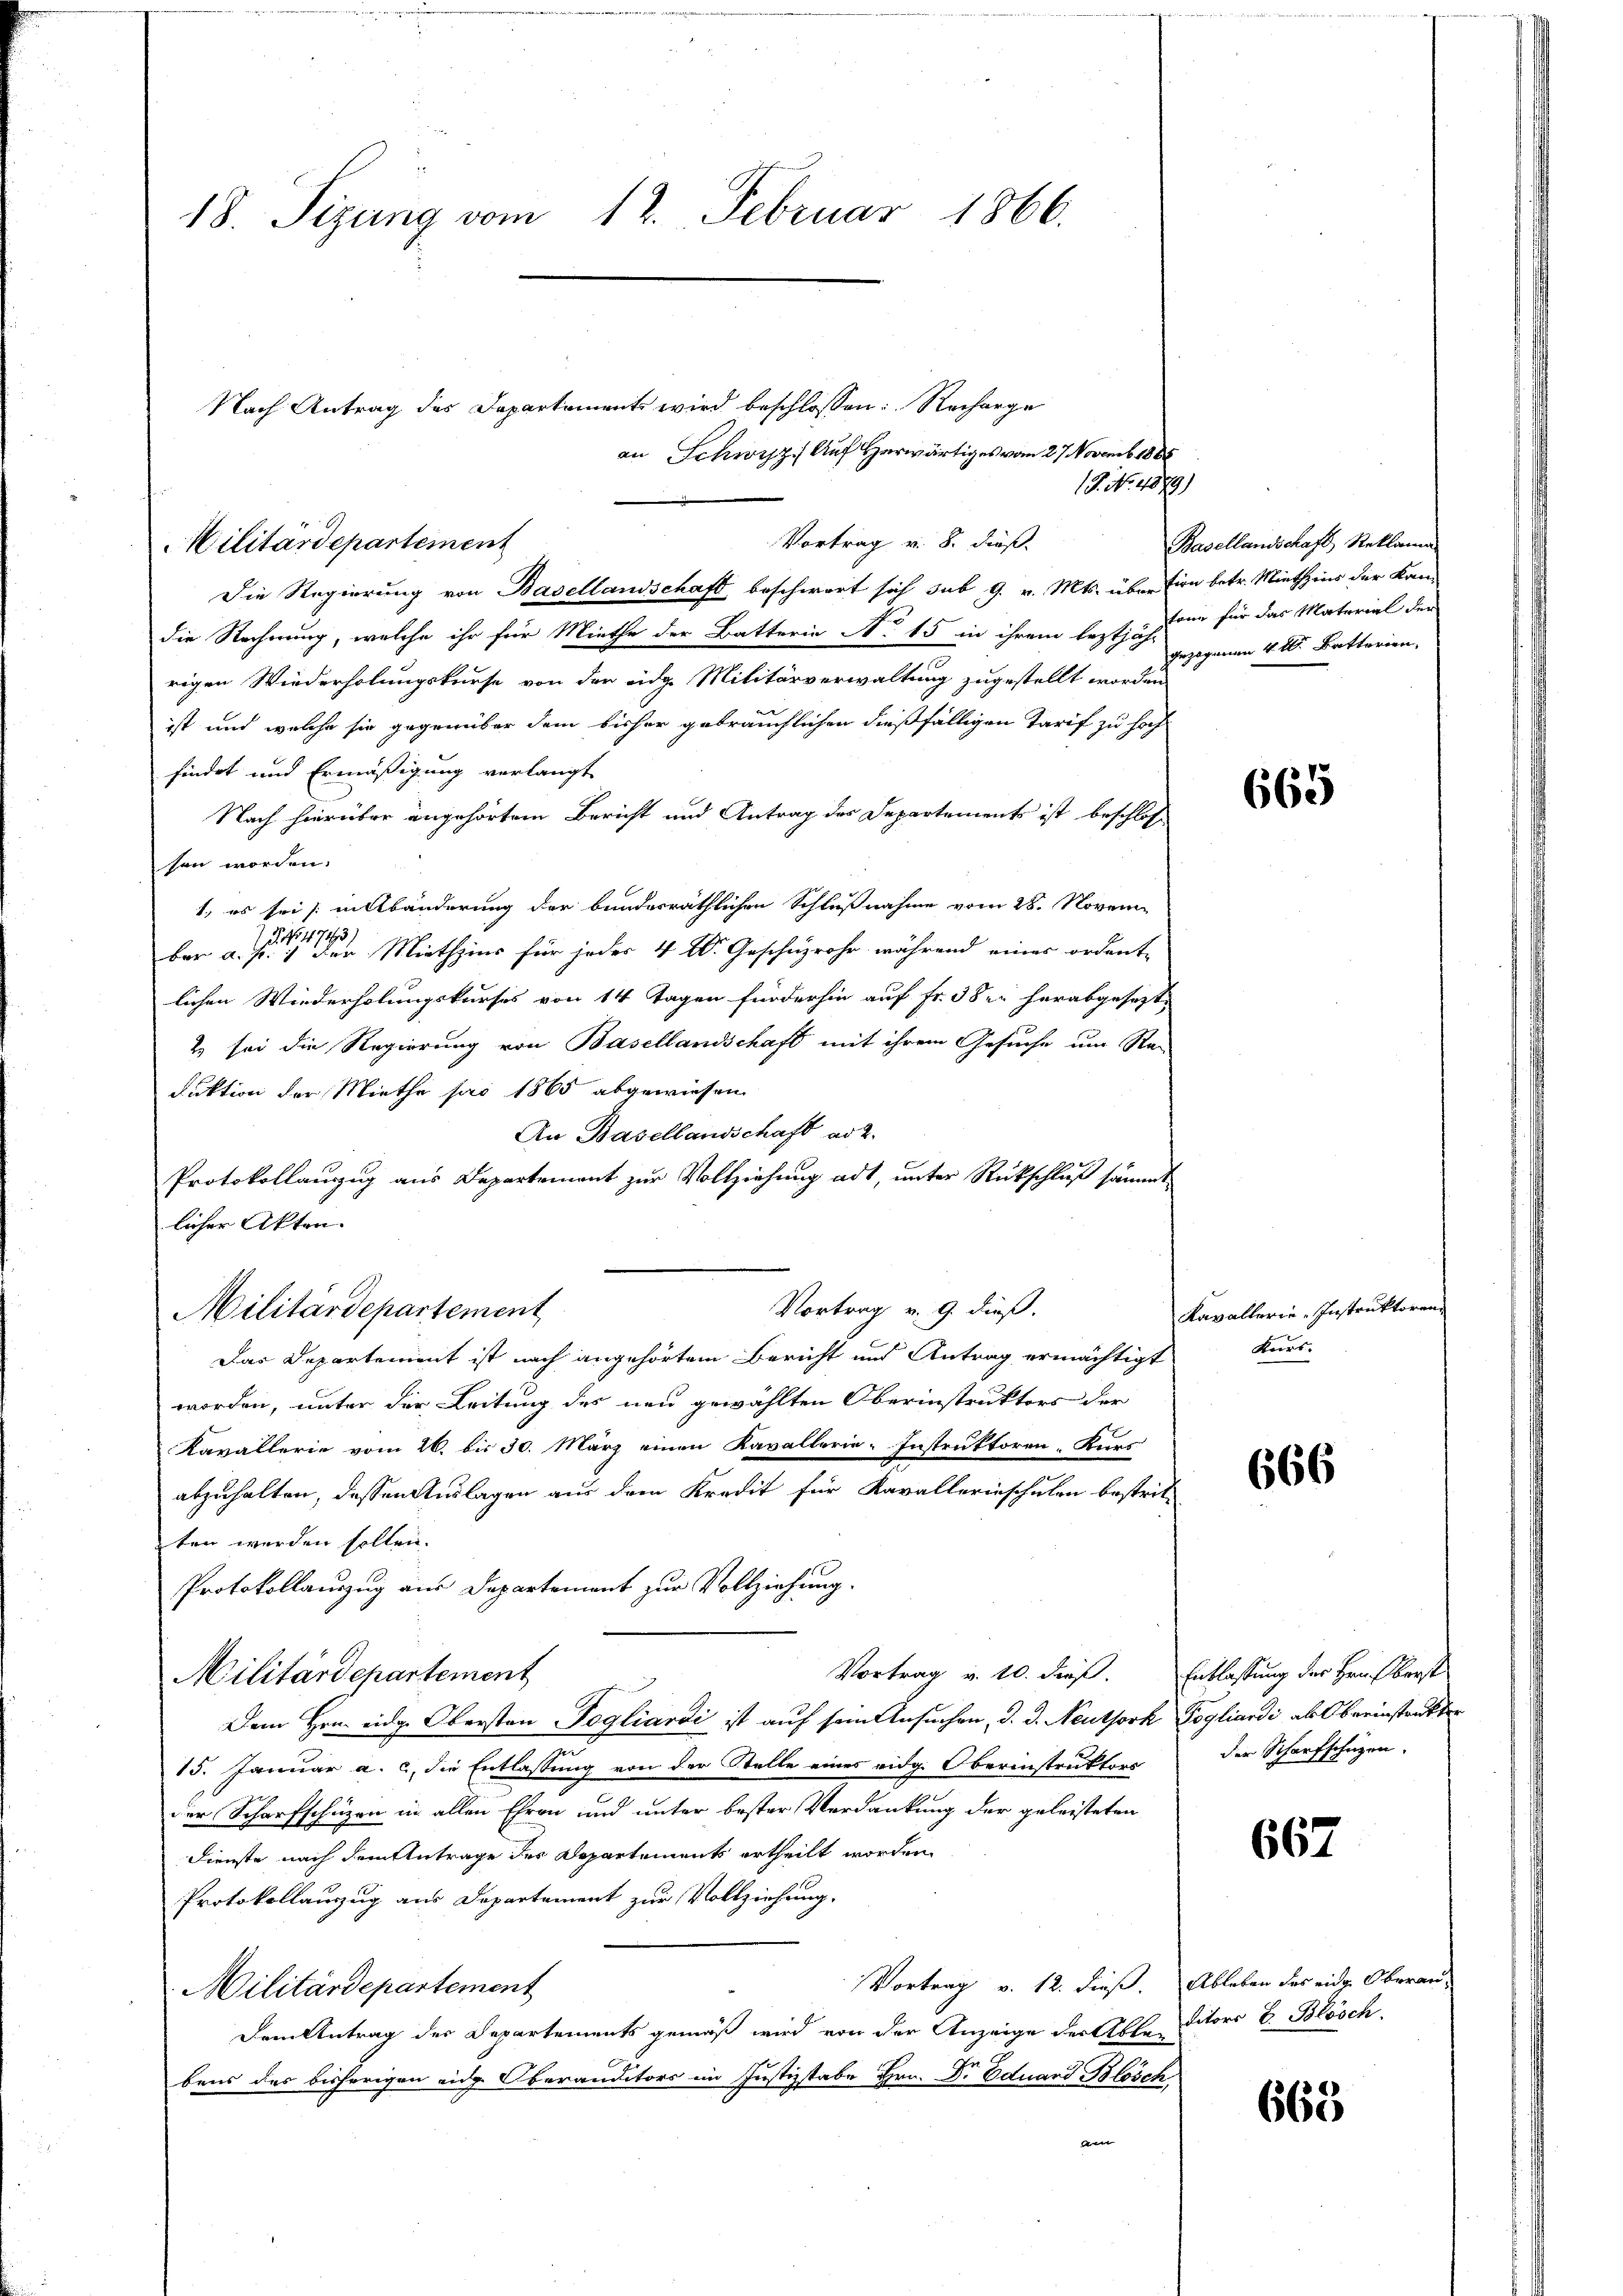
18. Sizung vom 12. Februar 1866.

Nach Antrag des Departements wird beschlossen: Recharge

Die Regierung von Basellandschaft beschwart sich sub 9. v. Mts. über
die Rechnung, welche ihr für Miethe der Batterin No 15 in ihrem lezte stand für das Material der
rigen Wiederholungskurse von der eidg. Militärverwaltung zugestellt worden.
ist und welche sie gegenüber dem bisher gebräuchlichen dießfälligen Tarif zu hoch
findet und Ermäßigung verlangt
Nach hierüber angehörtem Bericht und Antrag des Departements ist beschlos
sen worden.
1. es sei (in Abänderung der bundesräthlichen Schlußnahme vom 28. Novem
No 11743
1
ber a. f.) der Miethzins für jedes 4 l. Geschüzrohr während eines ordente
lichen Wiederholungskurses von 14 Tagen finderhin auf Fr. 38 u. herabgesetzt
2 sei die Regierung von Basellandschaft mit ihrem Gesuche um Rai
Fuktion der Miethe pro 1865 abgewiesen
An Basellandschaft ad 2.
Protokollanzug aus Departement zur Vollziehung adt, unter Rückschluß sämmt
licher Akten.
Das Departement ist nach angehörtem Bericht und Antrag ermächtigt
worden, unter der Leitung des neu gewählten Oberinstruktors der
Kavallerie vom 26. bis 30. März einen Kavallerie-Instruktoren Kurs
abzuhalten, dessen Auslagen aus dem Kredit für Kavallerinschulen bestrit-
ten werden sollen.
Protokollauszug aus Departement zur Vollziehung.
Vortrag v. 10. dieß.
Militärdepartement
Dem Hrn. eidge Obersten Pogliardi ist auf sein Ansuchen, d. d. Neuthork Pogliardi als Oberinstrakter
15. Januar a. c. die Entlassung von der Stelle eines eidg. Oberinstruktors
der Scharfschüzen in allen Ehren und unter bester Verdankung der geleisteten
Dienste nach dem Antrage der Departements ertheilt worden
Protokollanzug aus Departement zur Vollziehung.
Vortrag v. 12. dieß.
Militärdepartement
Dem Antrag des Departements gemäß wird von der Anzeige der Ablen
bens des bisherigen eidg. Oberanditors im Justizstabe Hrn. Dr. Eduard Blösch
a

Militärdepartement

Militärdepartement

19. No. 4579)
Vortrag v. 8. dieß.

Vortrag v. 9. dieß.

an Schwyz. Auf Herwärtiges vom 27 Novemb. 1888

Basellandschaft, Reklama
tion betr. Miethzins der Kan-
gezogenen 4 l. Batterien,

665

Kavallerie-Instruktoren
Kurs.

666

Entlassung der Hrn. Oberst
der Scharfschützen.

667

Ableben des eidg. Oberauditors E. Blösch

668